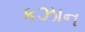
કઝાન